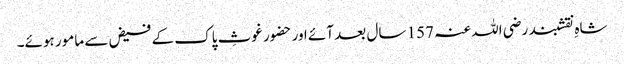
شاہِ نقشبند رضی اللہ عنہ 157 سال بعد آئے اور حضور غوثِ پاک کے فیض سے مامور ہوئے۔